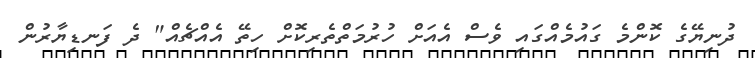
ދުނިޔޭގެ ކޮންމެ ގައުމެއްގައި ވެސް އެއަށް ހުރުމަތްތެރިކޮށް ހިތޭ އެއްޗެއް" ދެ ފަނޑިޔާރުން